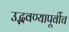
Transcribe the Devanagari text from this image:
उद्भवण्यापूर्वीच